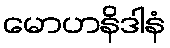
မောဟနိဒါနံ